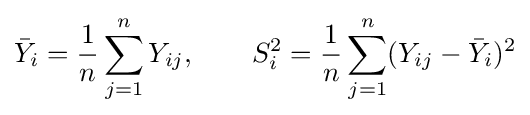
{\bar {Y}}_{i}={\frac {1}{n}}\sum _{j=1}^{n}Y_{ij},\qquad S_{i}^{2}={\frac {1}{n}}\sum _{j=1}^{n}(Y_{ij}-{\bar {Y}}_{i})^{2}